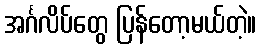
အင်္ဂလိပ်တွေ ပြန်တော့မယ်တဲ့။